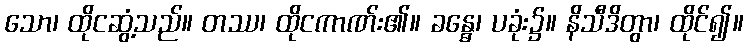
သော၊ ထိုငဆွံ့သည်။ တဿ၊ ထိုငကာဏ်း၏။ ခန္ဓေ၊ ပခုံး၌။ နိသီဒိတွာ၊ ထိုင်၍။